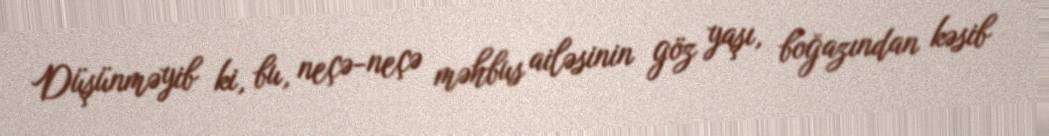
Düşünməyib ki, bu, neçə-neçə məhbus ailəsinin göz yaşı, boğazından kəsib